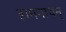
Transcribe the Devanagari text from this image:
रामनाथन्